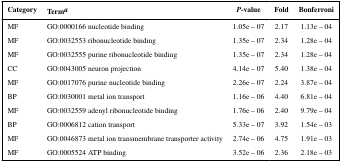
<table><thead><tr><td><b>Category</b></td><td><b>Terma</b></td><td><b><i>P</i>-value</b></td><td><b>Fold</b></td><td><b>Bonferroni</b></td></tr></thead><tbody><tr><td>MF</td><td>GO:0000166 nucleotide binding</td><td>1.05e – 07</td><td>2.17</td><td>1.13e – 04</td></tr><tr><td>MF</td><td>GO:0032553 ribonucleotide binding</td><td>1.35e – 07</td><td>2.34</td><td>1.28e – 04</td></tr><tr><td>MF</td><td>GO:0032555 purine ribonucleotide binding</td><td>1.35e – 07</td><td>2.34</td><td>1.28e – 04</td></tr><tr><td>CC</td><td>GO:0043005 neuron projection</td><td>4.14e – 07</td><td>5.40</td><td>1.38e – 04</td></tr><tr><td>MF</td><td>GO:0017076 purine nucleotide binding</td><td>2.26e – 07</td><td>2.24</td><td>3.87e – 04</td></tr><tr><td>BP</td><td>GO:0030001 metal ion transport</td><td>1.16e – 06</td><td>4.40</td><td>6.81e – 04</td></tr><tr><td>MF</td><td>GO:0032559 adenyl ribonucleotide binding</td><td>1.76e – 06</td><td>2.40</td><td>9.79e – 04</td></tr><tr><td>BP</td><td>GO:0006812 cation transport</td><td>5.33e – 07</td><td>3.92</td><td>1.54e – 03</td></tr><tr><td>MF</td><td>GO:0046873 metal ion transmembrane transporter activity</td><td>2.74e – 06</td><td>4.75</td><td>1.91e – 03</td></tr><tr><td>MF</td><td>GO:0005524 ATP binding</td><td>3.52e – 06</td><td>2.36</td><td>2.18e – 03</td></tr></tbody></table>